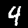
Label: 4